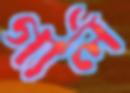
গার্ল